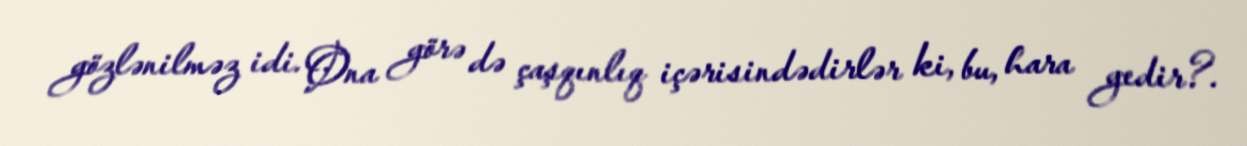
gözlənilməz idi. Ona görə də çaşqınlıq içərisindədirlər ki, bu, hara gedir?.